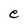
Character: e